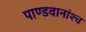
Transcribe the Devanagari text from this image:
पाण्डवानांश्च